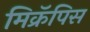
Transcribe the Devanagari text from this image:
मिक्रॅपिस